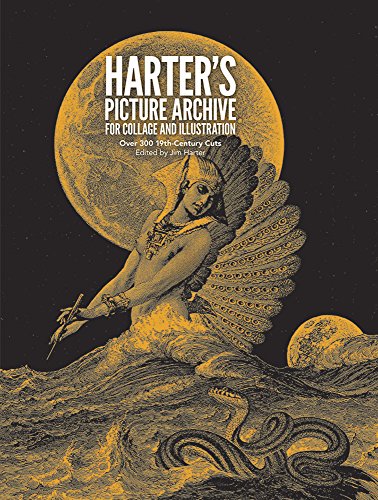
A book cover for Harter's Picture Archive for Collage and Illustration (Dover Pictorial Archive); Arts & Photography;